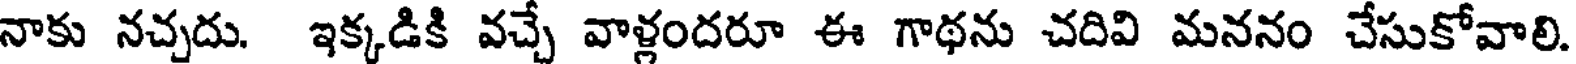
నాకు నచ్చదు. ఇక్కడికి వచ్చే వాళ్లందరూ ఈ గాథను చదివి మననం చేసుకోవాలి.